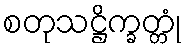
စတုသဋ္ဌိက္ခတ္တုံ